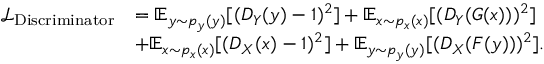
\begin{array} { r l } { \mathcal { L } _ { \mathrm { D i s c r i m i n a t o r } } } & { = \mathbb { E } _ { y \sim p _ { y } ( y ) } [ ( D _ { Y } ( y ) - 1 ) ^ { 2 } ] + \mathbb { E } _ { x \sim p _ { x } ( x ) } [ ( D _ { Y } ( G ( x ) ) ) ^ { 2 } ] } \\ & { + \mathbb { E } _ { x \sim p _ { x } ( x ) } [ ( D _ { X } ( x ) - 1 ) ^ { 2 } ] + \mathbb { E } _ { y \sim p _ { y } ( y ) } [ ( D _ { X } ( F ( y ) ) ) ^ { 2 } ] . } \end{array}